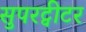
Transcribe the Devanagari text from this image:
सुपरट्वीटर